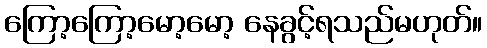
ကြော့ကြော့မော့မော့ နေခွင့်ရသည်မဟုတ်။